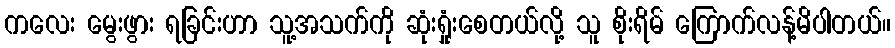
ကလေး မွေးဖွား ရခြင်းဟာ သူ့အသက်ကို ဆုံးရှုံးစေတယ်လို့ သူ စိုးရိမ် ကြောက်လန့်မိပါတယ်။